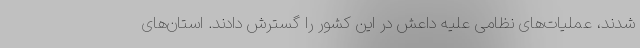
شدند، عملیات‌های نظامی علیه داعش در این کشور را گسترش دادند. استان‌های